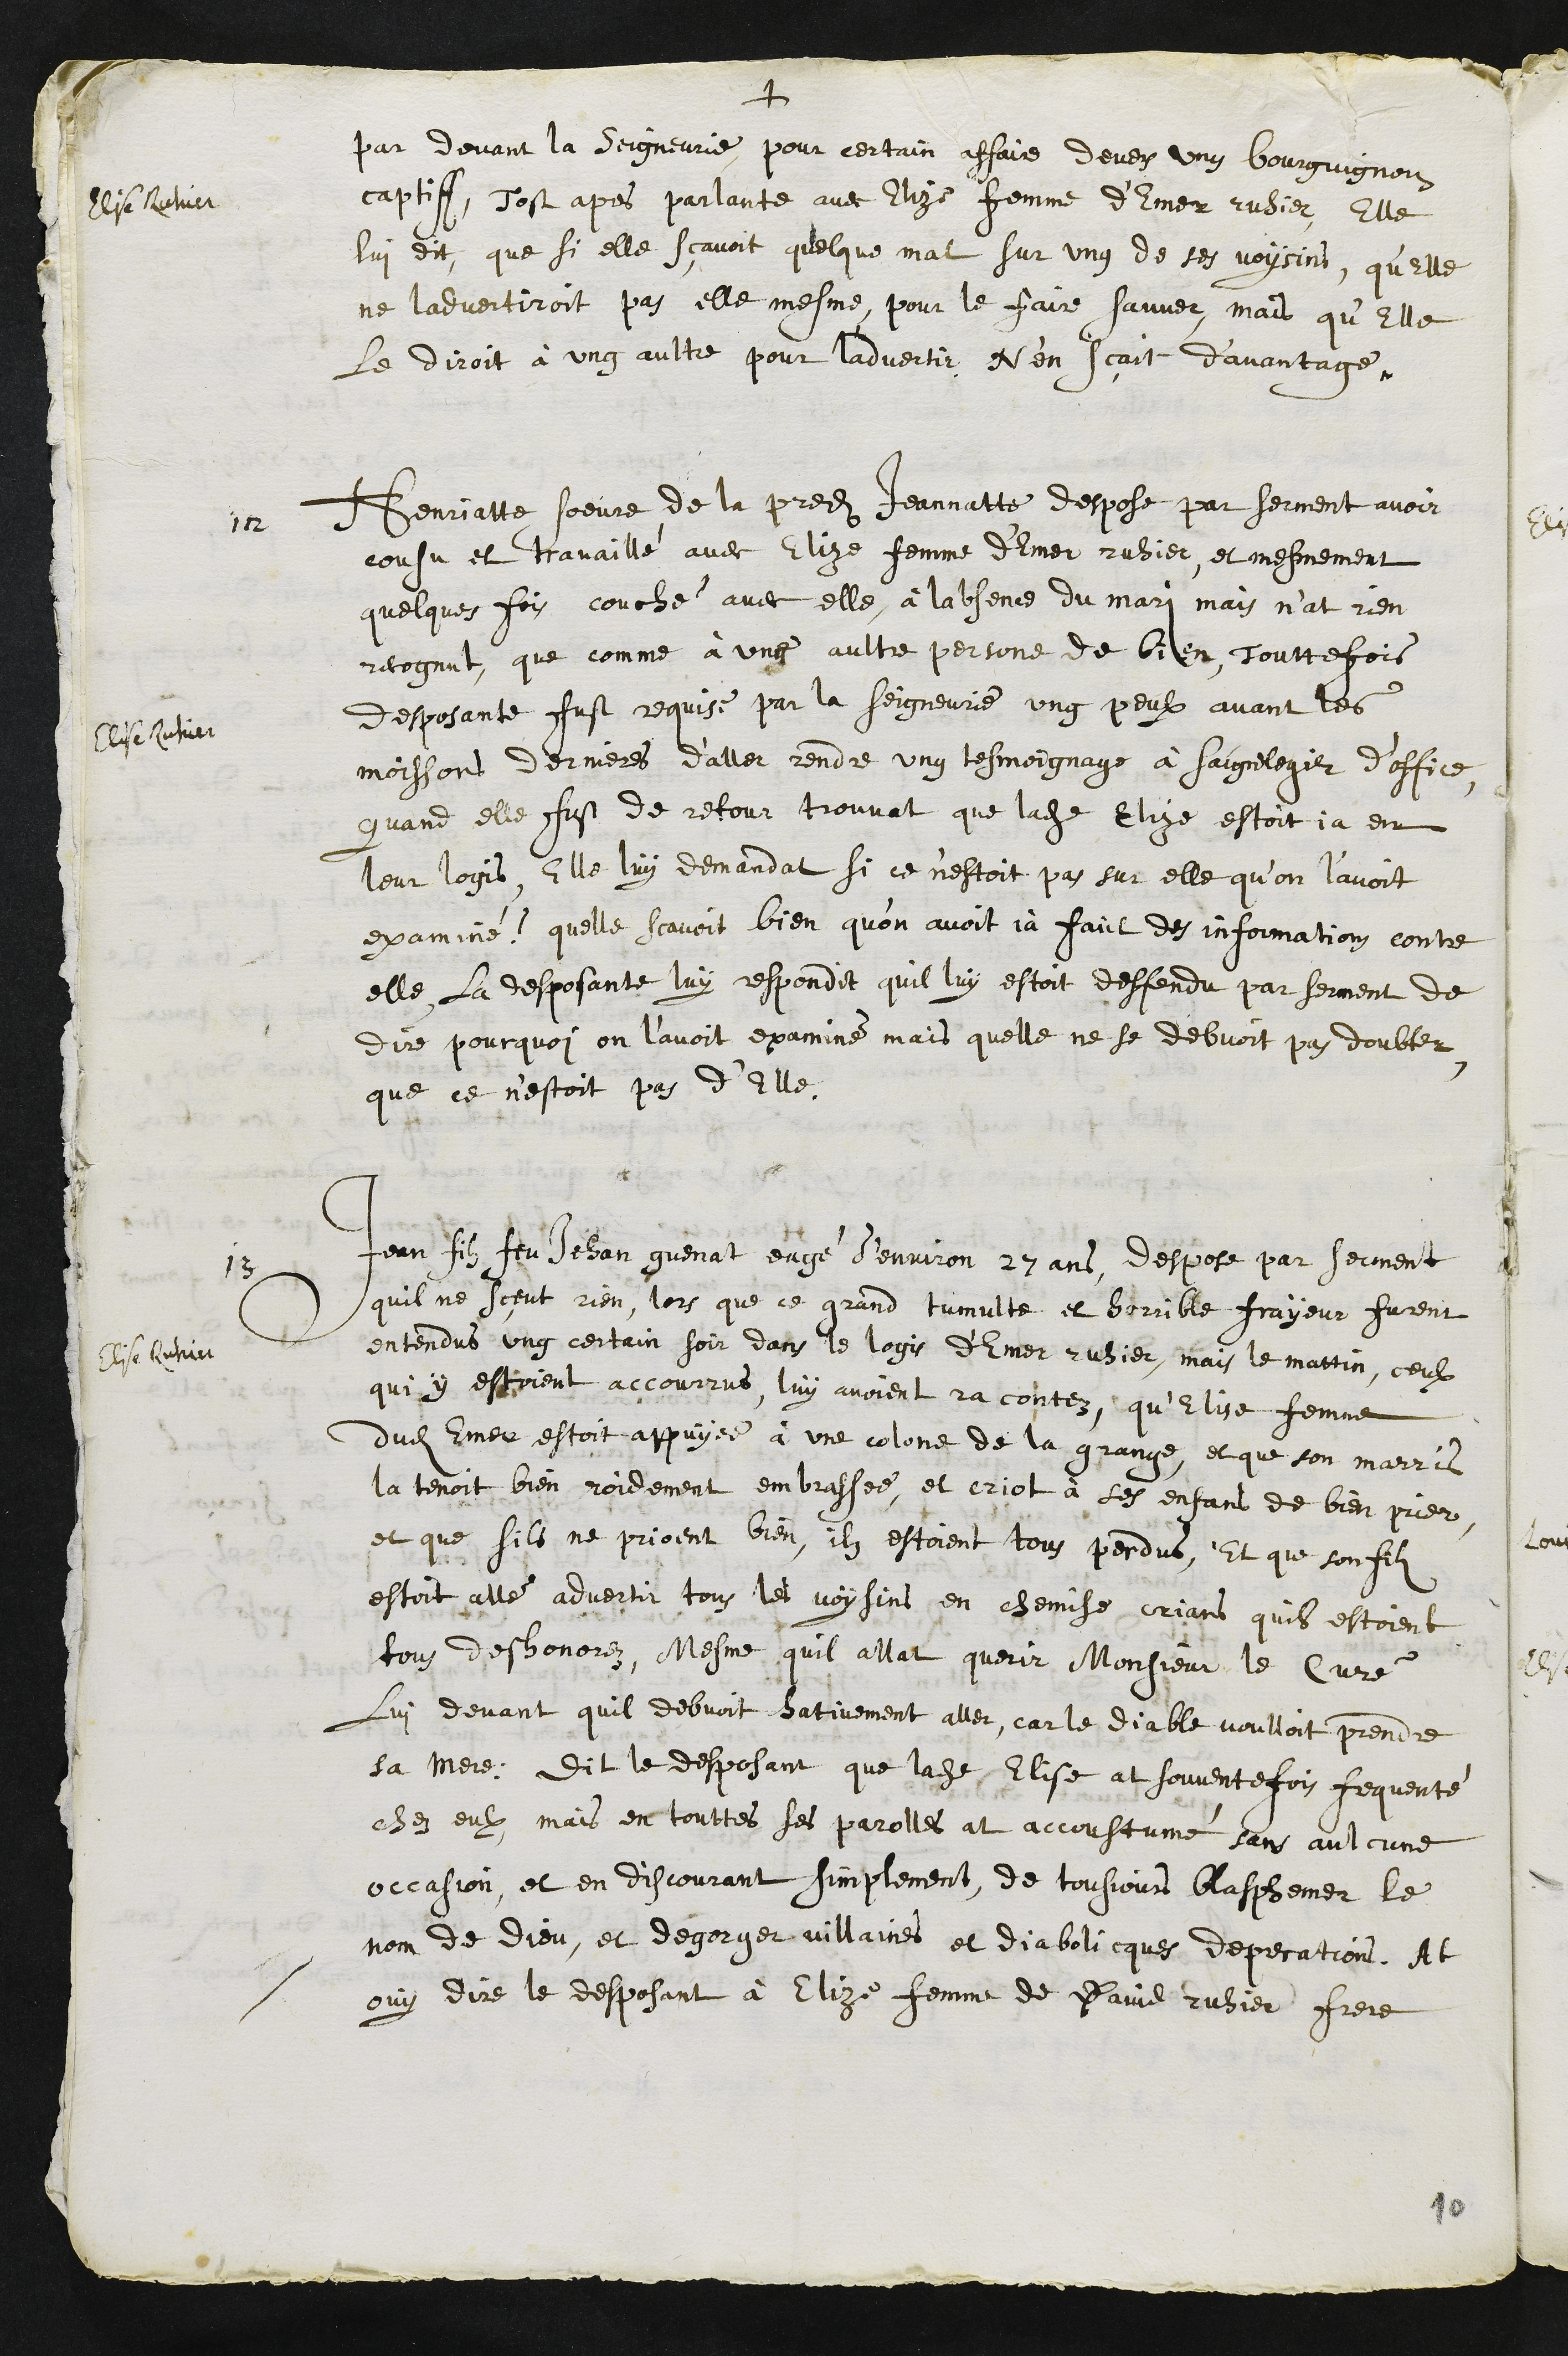
+
Elise Ruhier
par devant la Seigneurie, pour certain affaire devers ung bourguignon
captiff, Tost apres parlante avec Elize femme d’Emer ruhier, Elle
lui dit que si elle sçavoit quelque mal sur ung de ses voysins, qu’elle
ne ladvertiroit pas elle mesme, pour le faire sauver, mais qu’Elle
le diroit à ung aultre pour ladvertir Nen sçait d'avantage.
12
Henriatte soeure de la predite Jeannatte despose par serment avoir
cousu et travaillé avec Elize femme d'Emer ruhier, et mesmement
quelques fois couché avec elle, à labsence du mari mais n’at rien
recognut, que comme à ung aultre persone de bien, Touttefois
desposante fust requise par la Seigneurie ung peulx avant les
Elise Ruhier
moissons dernieres d’aller rendre ung tesmoignage à Saignelegier d’office,
quand elle fust de retour trouvat que ladite Elize estoit ja en
leur logis, Elle luy demandat si ce n'estoit pas sur elle qu’on l’avoit
examiné ? quelle scavoit bien qu’on avoit ja faict des informations contre
elle, La desposante luy respondit quil luy estoit deffendu par serment de
dire pourquoy on l'avoit examiné mais quelle ne se debvoit pas doubter
que ce n'estoit pas d’Elle.
13
Jean filz feu Jehan guenat eagé d’environ 27 ans despose par serment
quil ne sçeut rien, lors que ce grand tumulte et horrible frayeur furent
entendus ung certain soir dans le logis d'Emer ruhier, mais le mattin, ceulx
Elise Ruhier
qui y estoient accourrus, luy avoient racontez, qu’Elise femme
dudit Emer estoit appuyée à une colone de la grange, et que son marris
la tenoit bien roidement embrassée et criot à ses enfans de bien prier
et que sils ne prioent bien, ilz estoient tous perdus, Et que son filz
estoit allé advertir tous les voysins en chemise, crians quils estoient
tous deshonorez, Mesme quil allat querir Monsieur le Curé
lui deuant quil debvoit hativement aller, car le diable voulloit prendre
sa mere. Dit le desposant que ladite Elise at souventefois frequenté
chez eulx, mais en touttes ses parolles at accoustumé sans aulcune
occasion et en discourant simplement de tousjours blasphemer le
nom de Dieu, et degorger villaines et diabolicques deprecations. At
ouy dire le desposant à Elize femme de David ruhier frere
10